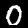
Digit: 0